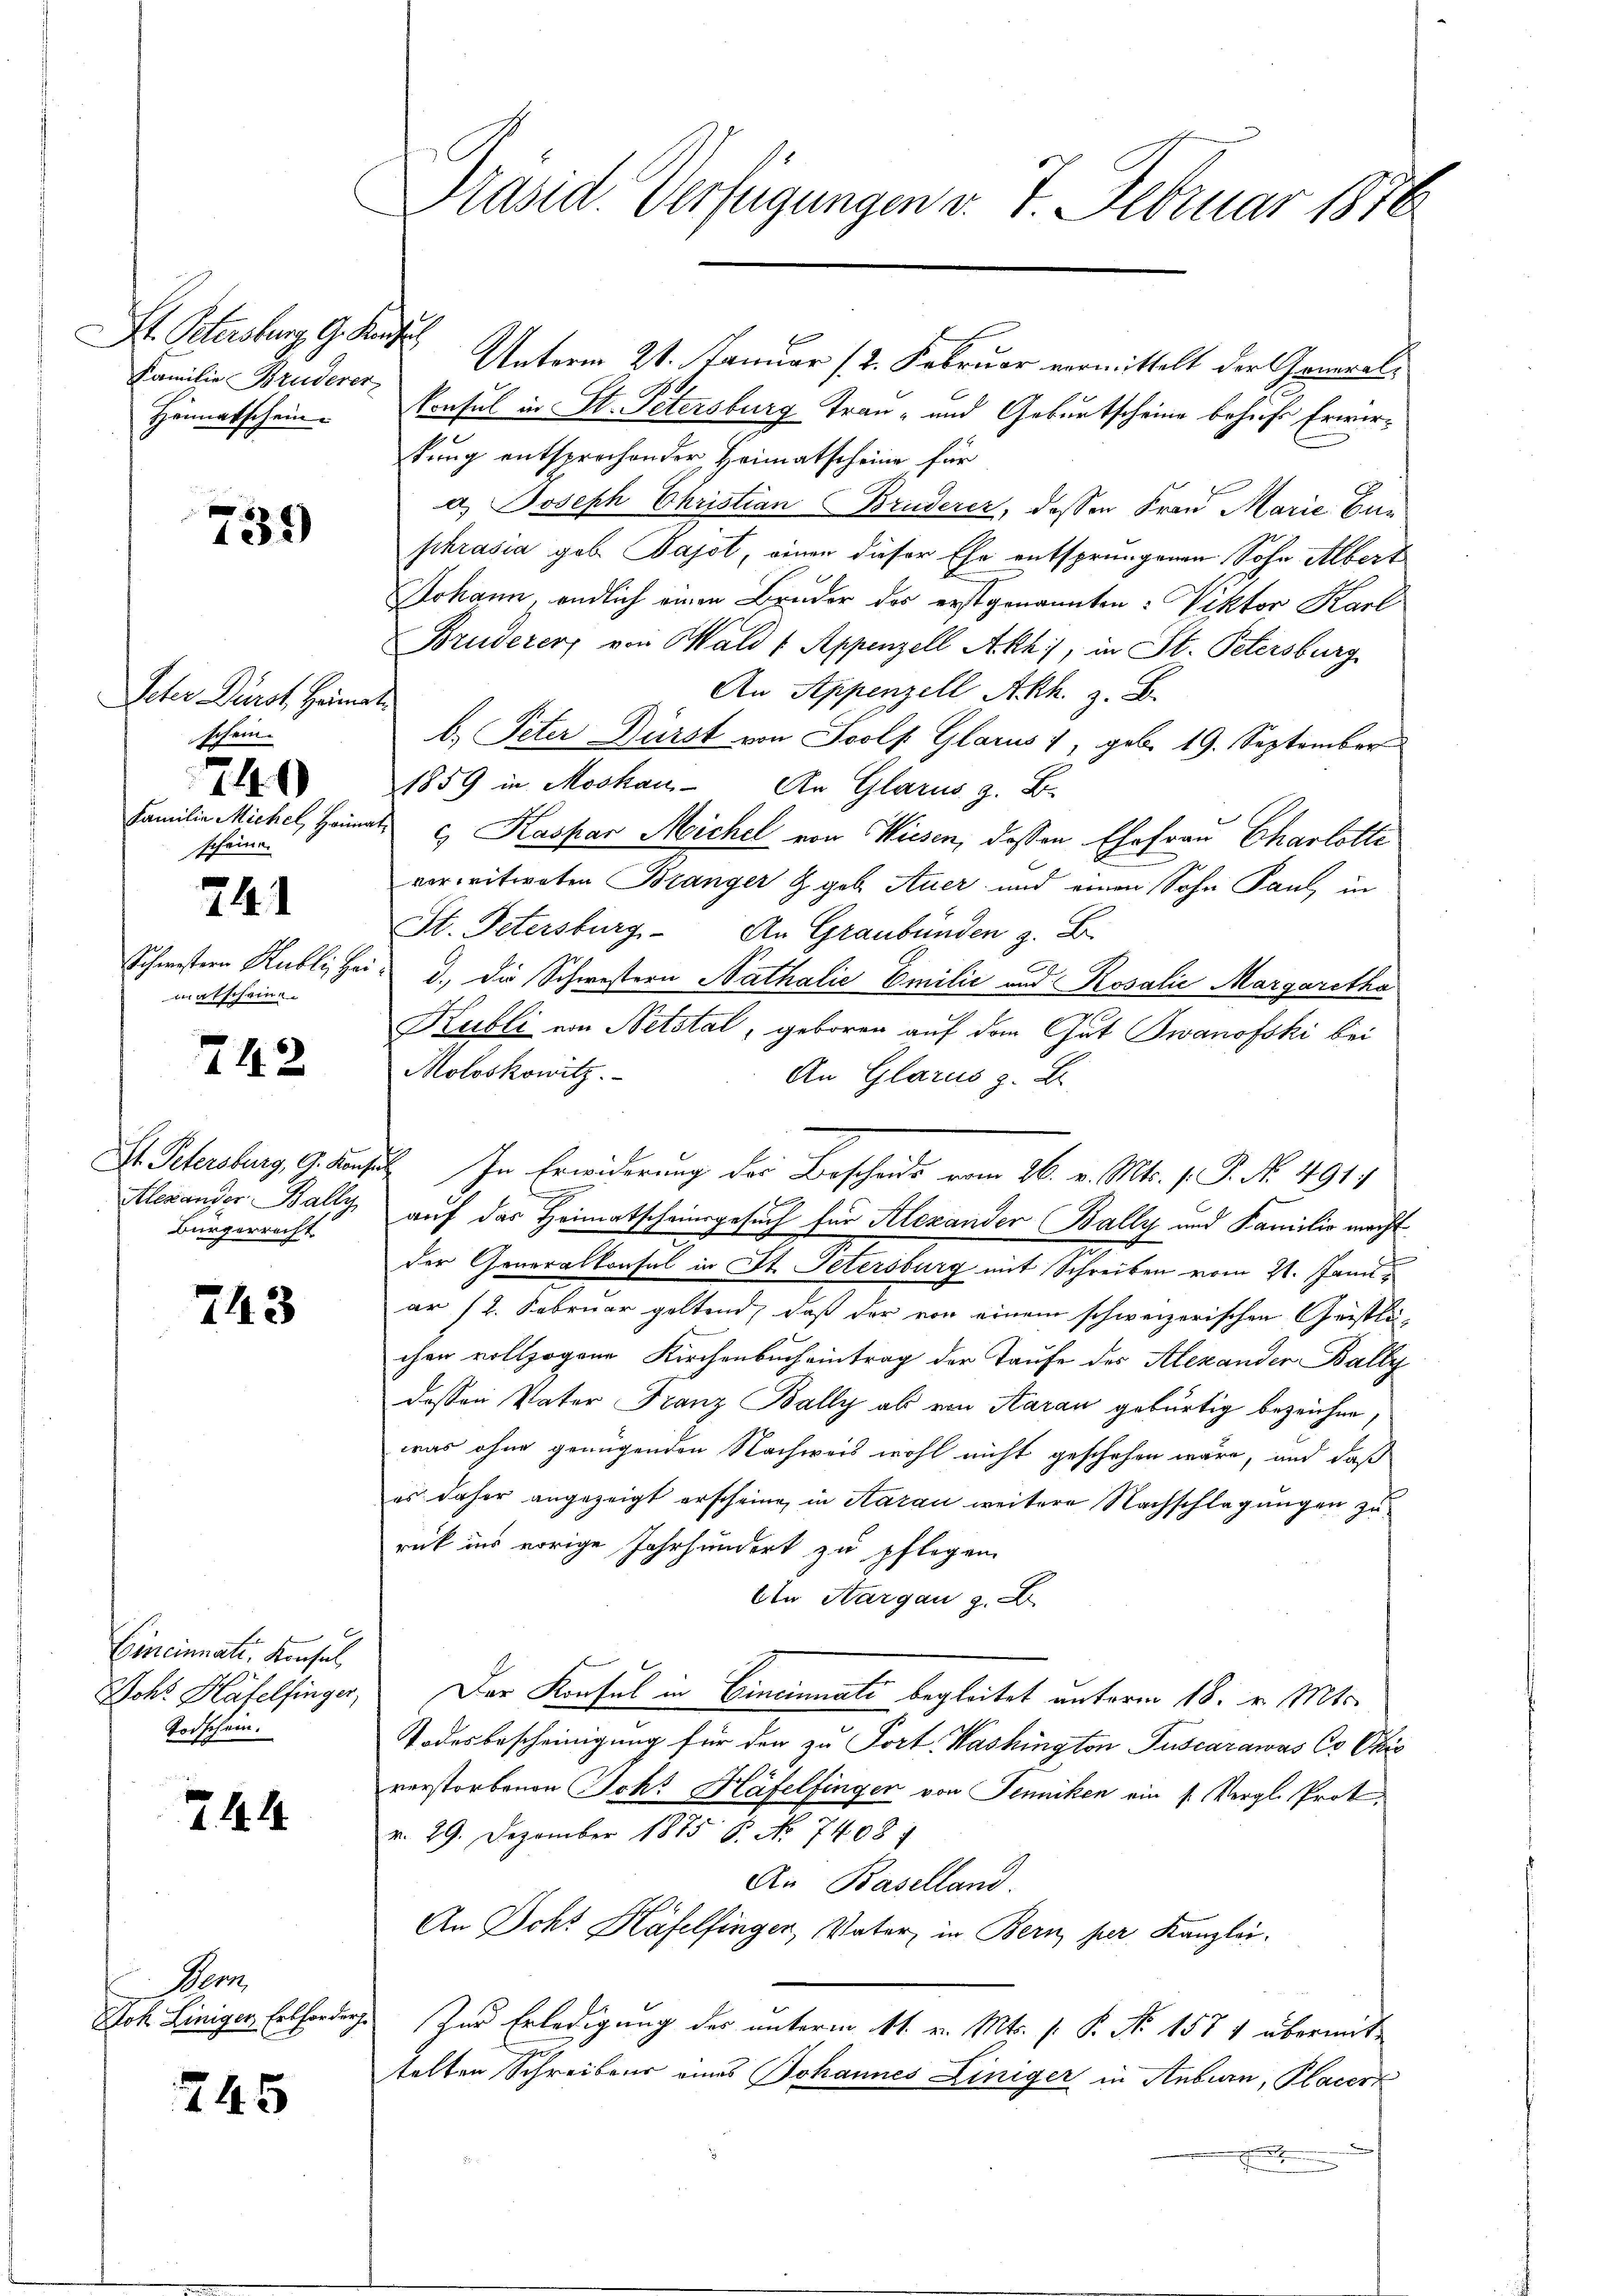
St. Petersburg, G. Kaufs
Familie Bruderer
Heimatschein.

739)

Veter Dürst Heimat
Scheischeine.
741
matscheine

710

742

Bürgerrecht

243

Cincinnatt. Konsul
Todschein.

24

Dem

245

konsul in St. Petersburg Tran- und Geburtscheine behufs Erwirkung entsprochender Heimatscheine für
a) Joseph Christian Bruderer, dessen Frau Marie Bun
phrasia geb. Bajot, einen dieser Ehe entsprungenen Sohn Albert
Johann, endlich einen Bruder des erstgenannten: Viktor Karl
Bruderer von Wald 1 Appenzell Akh.), in St. Petersburg
An Appenzell Akk. z. B.
b. Peter Dürst von Soolf Glarus 1, geb. 19. September
1859 in Moskau An Glarus z. B.
Familie Michel, Heimat u. Kaspar Michel von Wiesen, dessen Ehefrau Charlotte
verwitweten Bränger Z. gob Auer und einen Sohn Paul, in
St. Petersburg. An Graubünden z. B.
Schwestern Kubli, Hei- d., die Schwestern Nathalie Emilić und Rosalie Margaretha
Kubli von Netstal, geboren auf dem Gut Twanofski bei
Moloskowitz.
An Glarus z. B.
I. Sehersburg, G. Consil. In Erwiderung des Bescheids vom 26. v. Mts. f. P. No. 491.
n
Alexander Bally, auf der Heimatscheinsgesuch für Alexander Bally und Familie macht
4
der Generalkonsul in St. Petersburg mit Schreiben vom 21. Janu
ar (2. Februar geltend, daß der von einem schweizerischen Cristlichen vollzogene Kirchenbucheintrag der Taufe des Alexander Bally
dessen Vater Franz Bally als von Aarau gebürtig bezeichne,
was ohne genügenden Nachweis wohl nicht geschehen wäre, und daß
es daher angezeigt erscheine, in Aarau weitere Nachschlagungen zurück ins vorige Jahrhundert zu pflegen
Ein Aargau 2. D
Joh. Häfelsinger, Der Konsul in Cincinnati begleitet unterm 18. v. Mts.
Todesbescheinigung für den zu Port. Washington Tuscarawas Co Ote
verstorbenen Joh. Häfelfingen von Jenniken ein s. Vergl. Prot
v. 29. Dezember 1875 P. No 7408.
An Baselland.
An Johs Häfelfinger, Vater, in Bern per Kanzlei-
Joh. Liniger Erforden. Zur Erledigung der unterm 11. v. Mts. f. P. Nr. 1571 übermittelten Schreibens eines Johannes Liniger in Anbien, Placerk

7

Präsid. Verfügungen v. 7. Februar 1876

Unterm 21. Januar (2. Februar vermittelt der General¬